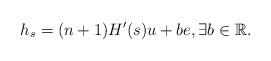
LaTeX: \begin{align*}h_s=(n+1)H'(s)u + be, \exists b \in {\mathbb R}.\end{align*}